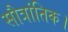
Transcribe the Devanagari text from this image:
सौत्रांतिक।